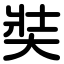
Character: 奘